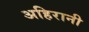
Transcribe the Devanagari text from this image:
अहिरानी